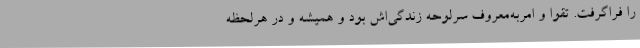
را فراگرفت. تقوا و امربه‌معروف سرلوحه زندگی‌اش بود و همیشه و در هرلحظه